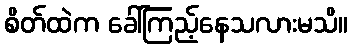
စိတ်ထဲက ခေါ်ကြည့်နေသလားမသိ။